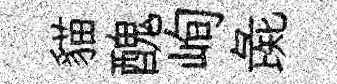
貓醜峋彘